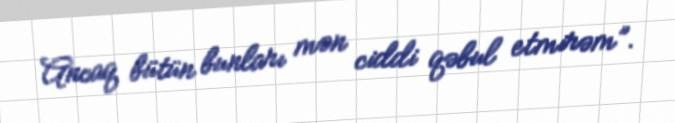
Ancaq bütün bunları mən ciddi qəbul etmirəm”.